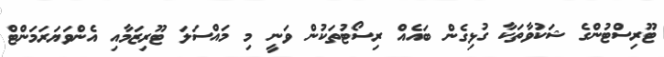
ޓޫރިސްޓުންގެ ޝަކުވާތަކާ ގުޅިގެން ބައެއް ރިސޯޓުތަކުން ވަނީ މި މައްސަލަ ޓޫރިޒަމާއި އެންވަޔަރަމަންޓް